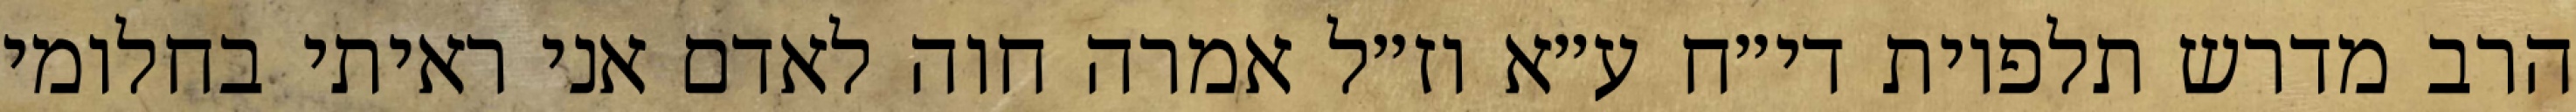
הרב מדרש תלפיות די״ח ע״א וז״ל אמרה חוה לאדם אני ראיתי בחלומי